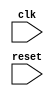
module timing_control_and_sync(
    input wire clk, // Clock signal
    input wire reset, // Reset signal
    // Add additional input/output signals as needed
    );

    // Generate clock signals required for communicating with peripherals
    // Add code for generating clock signals here

    // Generate reset signals for peripherals
    // Add code for generating reset signals here

    // Manage timing of data transfers and control signals
    // Add code for managing data transfers and control signals here

    // Synchronization block
    // Add code for synchronization using flip-flops, delay elements, etc.

endmodule